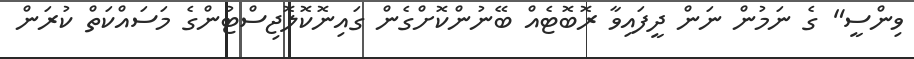
ވިންސީ" ގެ ނަމުން ނަން ދީފައިވާ ރޮބޮޓެއް ބޭނުންކޮށްގެން ގައިނޮކޮލޮޖިސްޓުންގެ މަސައްކަތް ކުރަން